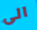
الى